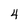
Character: 4